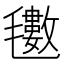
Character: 𭯫